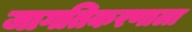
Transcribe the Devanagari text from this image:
जागतिकरणाला